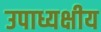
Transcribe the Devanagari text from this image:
उपाध्यक्षीय